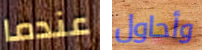
عندما وأحاول